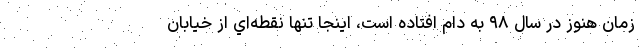
زمان هنوز در سال ۹۸ به دام افتاده است، اينجا تنها نقطه‌اي از خيابان